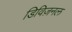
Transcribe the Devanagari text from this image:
डिविज़नल